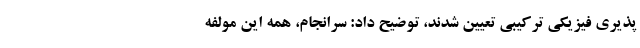
پذیری فیزیکی ترکیبی تعیین شدند، توضیح داد: سرانجام، همه این مولفه